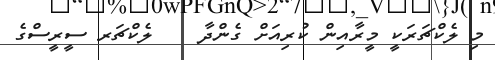
މި ލެކްޗަރަކީ މީރާއިން ކުރިއަށް ގެންދާ    ލެކްޗަރ ސީރީސްގެ